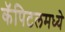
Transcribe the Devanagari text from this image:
कॅपिटलमध्ये